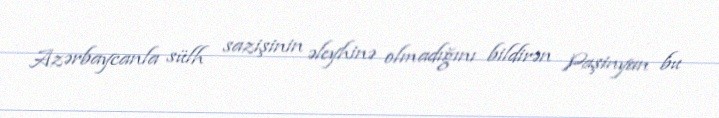
Azərbaycanla sülh sazişinin əleyhinə olmadığını bildirən Paşinyan bu